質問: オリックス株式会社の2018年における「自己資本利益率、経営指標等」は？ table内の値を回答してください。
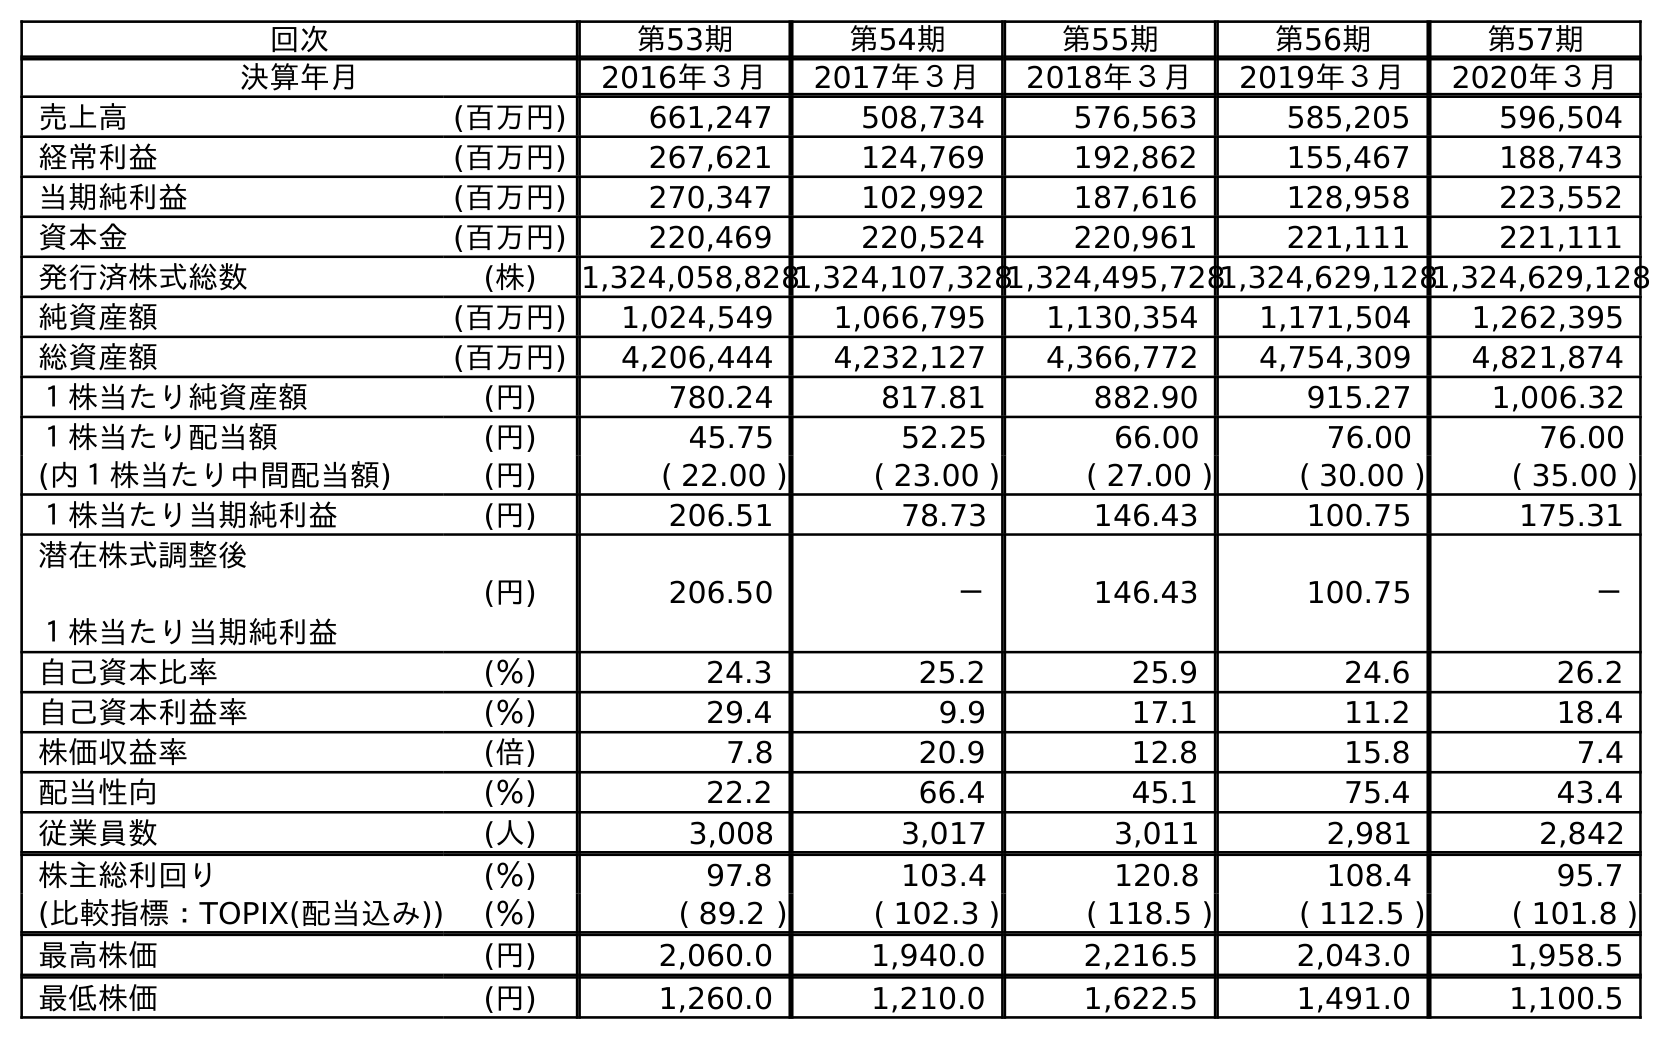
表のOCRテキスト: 回次 第53期 第54期 第55期 第56期 第57期 決算年月 2016年３月 2017年３月 2018年３月 2019年３月 2020年３月 売上高 (百万円) 661,247 508,734 576,563 585,205 596,504 経常利益 (百万円) 267,621 124,769 192,862 155,467 188,743 当期純利益 (百万円) 270,347 102,992 187,616 128,958 223,552 資本金 (百万円) 220,469 220,524 220,961 221,111 221,111 発行済株式総数 (株) 1,324,058,8281,324,107,3281,324,495,7281,324,629,1281,324,629,128 純資産額 (百万円) 1,024,549 1,066,795 1,130,354 1,171,504 1,262,395 総資産額 (百万円) 4,206,444 4,232,127 4,366,772 4,754,309 4,821,874 １株当たり純資産額 (円) 780.24 817.81 882.90 915.27 1,006.32 １株当たり配当額 (円) 45.75 52.25 66.00 76.00 76.00 (内１株当たり中間配当額) (円) ( 22.00 ) ( 23.00 ) ( 27.00 ) ( 30.00 ) ( 35.00 ) １株当たり当期純利益 (円) 206.51 78.73 146.43 100.75 175.31 潜在株式調整後 １株当たり当期純利益 (円) 206.50 － 146.43 100.75 － 自己資本比率 (％) 24.3 25.2 25.9 24.6 26.2 自己資本利益率 (％) 29.4 9.9 17.1 11.2 18.4 株価収益率 (倍) 7.8 20.9 12.8 15.8 7.4 配当性向 (％) 22.2 66.4 45.1 75.4 43.4 従業員数 (人) 3,008 3,017 3,011 2,981 2,842 株主総利回り (％) 97.8 103.4 120.8 108.4 95.7 (比較指標：TOPIX(配当込み)) (％) ( 89.2 ) ( 102.3 ) ( 118.5 ) ( 112.5 ) ( 101.8 ) 最高株価 (円) 2,060.0 1,940.0 2,216.5 2,043.0 1,958.5 最低株価 (円) 1,260.0 1,210.0 1,622.5 1,491.0 1,100.5
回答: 17.1